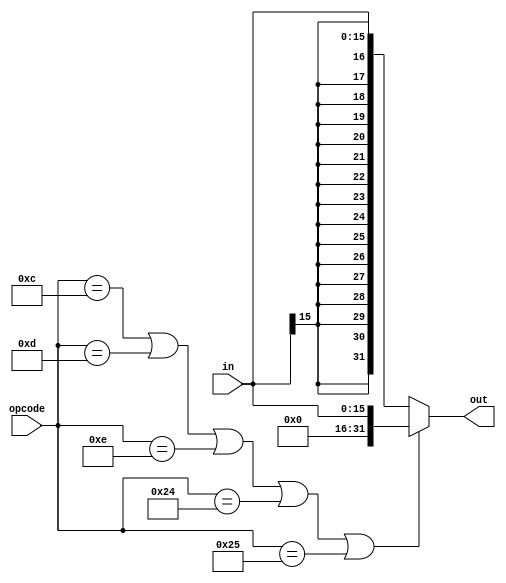
`timescale 1ns / 1ps
/*
**  UCSD CSE141L Lab2 Answer Module
** -------------------------------------------------------------------
**
*/
module sign_extender(
			input [5:0] opcode,
			input [15:0] in,
			output [31:0] out
			);
			
			reg [31:0] out_reg;
			assign out = out_reg;
			
			always @(*) begin
				if((opcode == 6'b001100)|| // andi
					(opcode == 6'b001101)|| // ori
					(opcode == 6'b001110)|| // xori
					(opcode == 6'b100100)|| // lbu
					(opcode == 6'b100101))  // lhu
					begin
						out_reg <= {16'b0,in};
					end
				else out_reg <= {{16{in[15]}},in};
			end	
endmodule